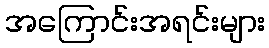
အကြောင်းအရင်းများ